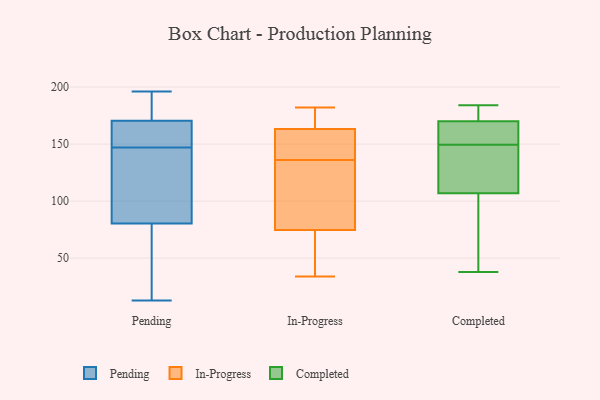
{"axis": {"x": "Backlog", "y": "Value"}, "legend": ["Completed", "In-Progress", "Pending"], "data": [{"x": "", "y": 196, "type": "Pending"}, {"x": "", "y": 186, "type": "Pending"}, {"x": "", "y": 170, "type": "Pending"}, {"x": "", "y": 13, "type": "Pending"}, {"x": "", "y": 124, "type": "Pending"}, {"x": "", "y": 172, "type": "Pending"}, {"x": "", "y": 92, "type": "Pending"}, {"x": "", "y": 76, "type": "Pending"}, {"x": "", "y": 82, "type": "Pending"}, {"x": "", "y": 170, "type": "Pending"}, {"x": "", "y": 155, "type": "Pending"}, {"x": "", "y": 147, "type": "Pending"}, {"x": "", "y": 23, "type": "Pending"}, {"x": "", "y": 171, "type": "In-Progress"}, {"x": "", "y": 182, "type": "In-Progress"}, {"x": "", "y": 53, "type": "In-Progress"}, {"x": "", "y": 176, "type": "In-Progress"}, {"x": "", "y": 128, "type": "In-Progress"}, {"x": "", "y": 168, "type": "In-Progress"}, {"x": "", "y": 95, "type": "In-Progress"}, {"x": "", "y": 148, "type": "In-Progress"}, {"x": "", "y": 161, "type": "In-Progress"}, {"x": "", "y": 121, "type": "In-Progress"}, {"x": "", "y": 159, "type": "In-Progress"}, {"x": "", "y": 156, "type": "In-Progress"}, {"x": "", "y": 36, "type": "In-Progress"}, {"x": "", "y": 68, "type": "In-Progress"}, {"x": "", "y": 164, "type": "In-Progress"}, {"x": "", "y": 34, "type": "In-Progress"}, {"x": "", "y": 62, "type": "In-Progress"}, {"x": "", "y": 136, "type": "In-Progress"}, {"x": "", "y": 102, "type": "In-Progress"}, {"x": "", "y": 184, "type": "Completed"}, {"x": "", "y": 182, "type": "Completed"}, {"x": "", "y": 156, "type": "Completed"}, {"x": "", "y": 152, "type": "Completed"}, {"x": "", "y": 181, "type": "Completed"}, {"x": "", "y": 155, "type": "Completed"}, {"x": "", "y": 136, "type": "Completed"}, {"x": "", "y": 147, "type": "Completed"}, {"x": "", "y": 121, "type": "Completed"}, {"x": "", "y": 86, "type": "Completed"}, {"x": "", "y": 107, "type": "Completed"}, {"x": "", "y": 38, "type": "Completed"}, {"x": "", "y": 44, "type": "Completed"}, {"x": "", "y": 170, "type": "Completed"}]}